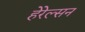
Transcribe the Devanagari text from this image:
हेरेल्सन